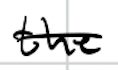
Text: the
Cross-out: single-line
Writing tool: digital_black